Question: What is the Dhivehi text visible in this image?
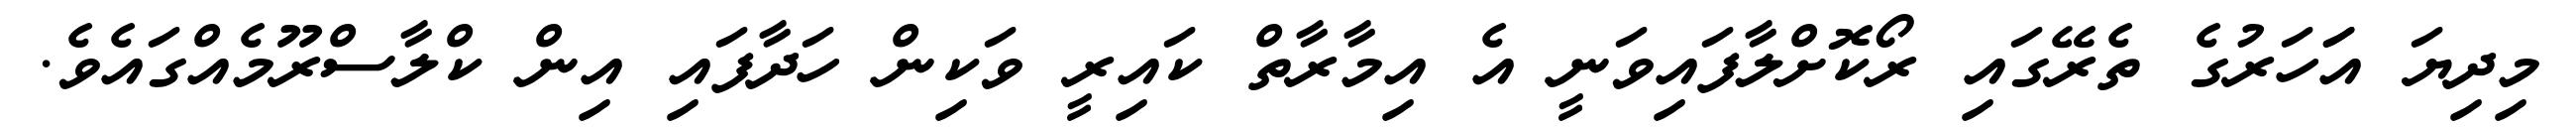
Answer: މިދިޔަ އަަހަރުގެ ތެރޭގައި ރޯކޮށްލާފައިވަނީ އެ އިމާރާތް ކައިރީ ވަކިން ހަދާފައި އިން ކްލާސްރޫމެއްގައެވެ.